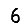
Digit: 6